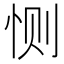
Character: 恻